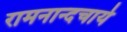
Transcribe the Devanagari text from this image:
रामनान्दचार्य